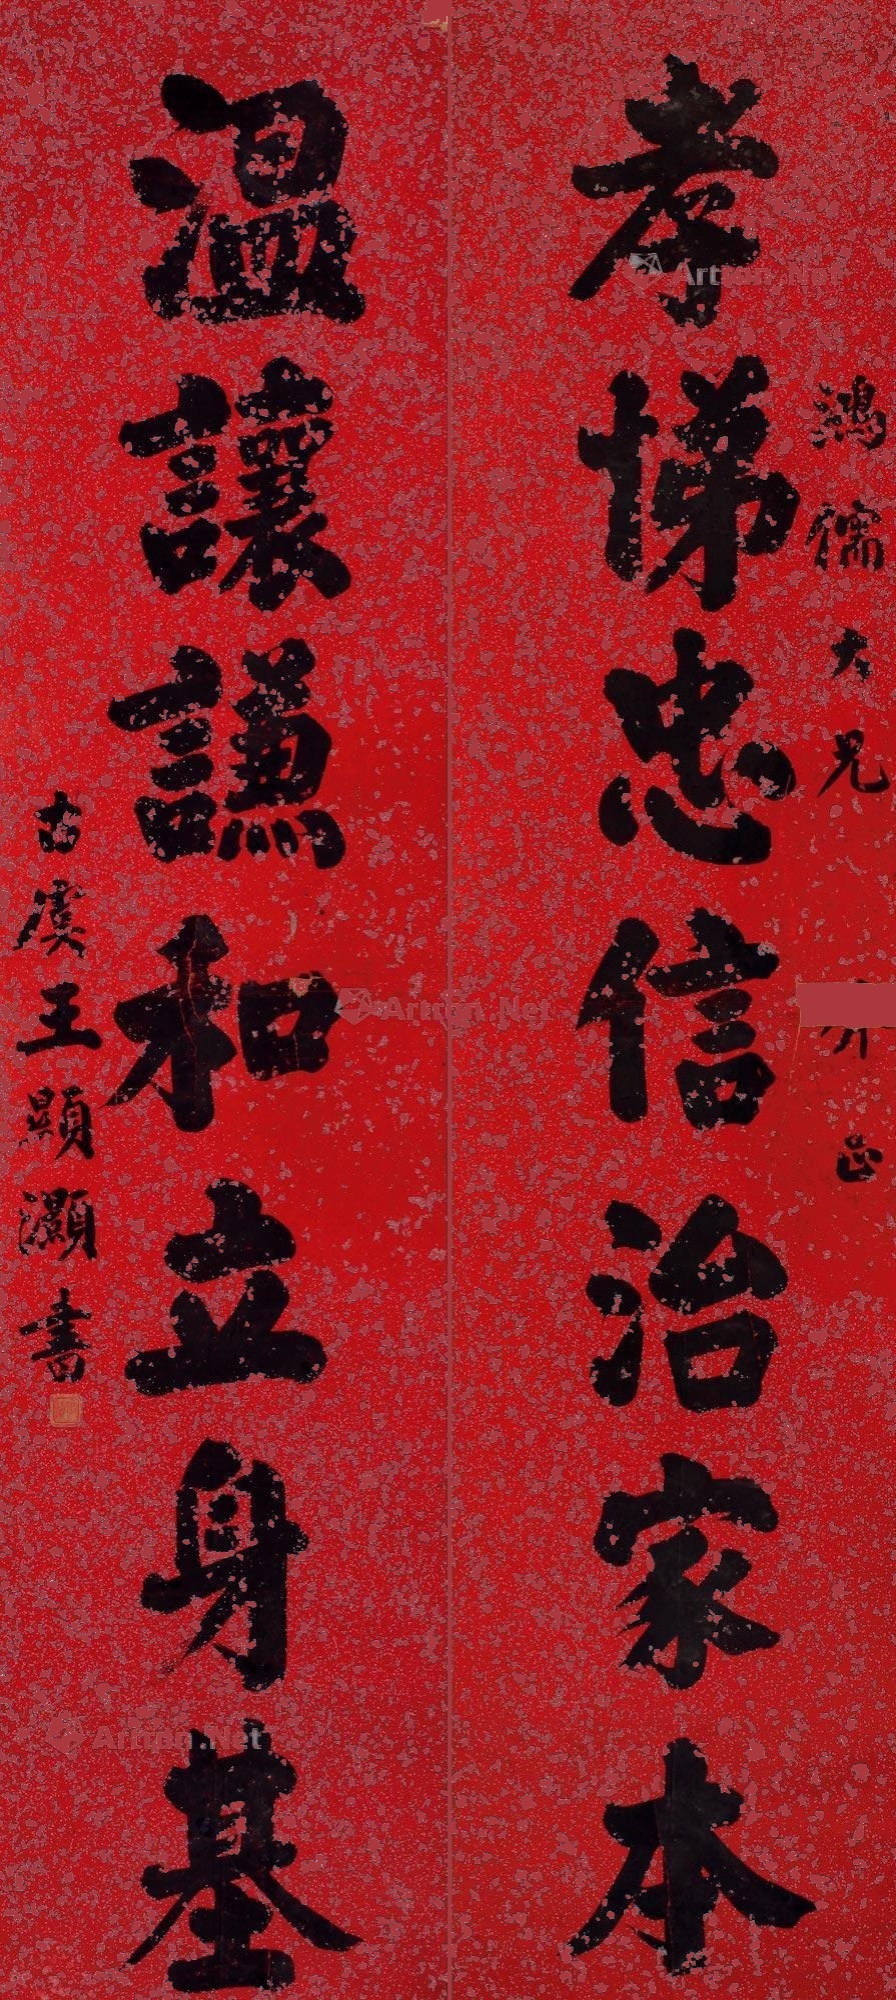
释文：孝悌忠信治家本，温让谦和立身基。鸿儒大兄□正，古虞王显灏书。